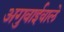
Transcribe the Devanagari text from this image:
अगुवाईवाले